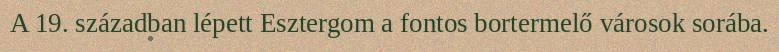
A 19. században lépett Esztergom a fontos bortermelő városok sorába.